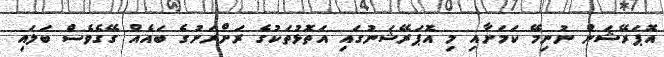
އޮޕަރޭޝަން ނުނިމޭ ކަމަށާއި މި އޮޕަރޭޝަނުގައި އަތޮޅުތަކުގެ ރަށްރަށުގެ ބައެއް ގޭގެވެސް ބަލައި